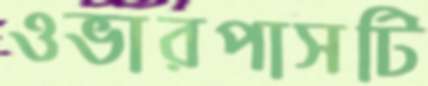
ওভারপাসটি